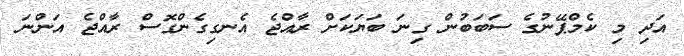
އަދި މި ކެމްޕޭނުގެ ސަބަބުން ގިނަ ބަޔަކަށް ރާއްޖެ އެނގިގެންގޮސް ރާއްޖެ އަންނަ